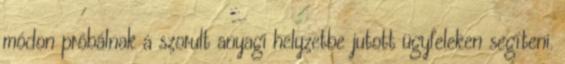
módon próbálnak a szorult anyagi helyzetbe jutott ügyfeleken segíteni.